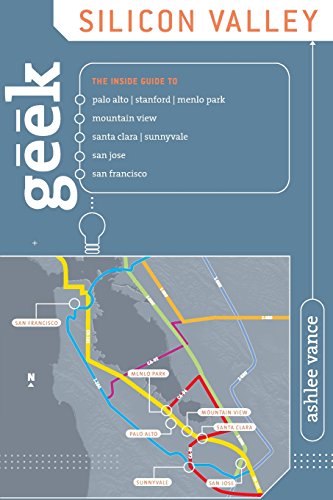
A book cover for Geek Silicon Valley: The Inside Guide To Palo Alto, Stanford, Menlo Park, Mountain View, Santa Clara, Sunnyvale, San Jose, San Francisco; Ashlee Vance; Travel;